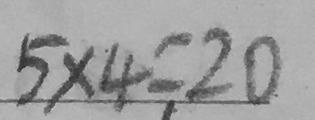
5 \times 4 = 2 0